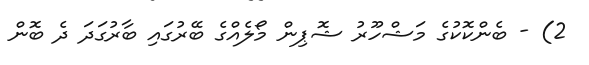
2) - ބެންކޮކުގެ މަޝްހޫރު ޝޮޕިން މޯލެއްގެ ބޭރުގައި ބާރުގަދަ ދެ ބޮން